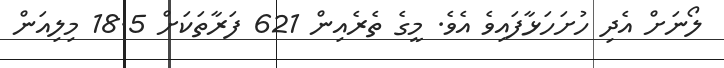
ލޯނަށް އެދި ހުށަހަޅާފައިވެ އެވެ. މީގެ ތެރެއިން 621 ފަރާތަކަށް 18.5 މިލިއަން